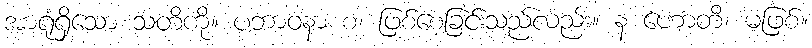
အာရုံရှိသော သတိကို။ ပဘာဝနာ စ၊ ဖြစ်စေခြင်းသည်လည်း။ န ဟောတိ၊ မဖြစ်။